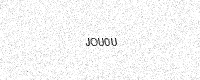
Text: JOU0U